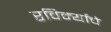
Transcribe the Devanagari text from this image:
रविर्म्याचे